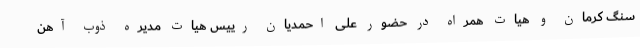
سنگ کرمان و هیات همراه در حضور علی احمدیان رییس هیات مدیره ذوب آهن